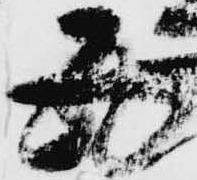
五